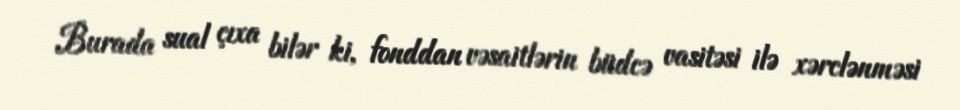
Burada sual çıxa bilər ki, fonddan vəsaitlərin büdcə vasitəsi ilə xərclənməsi